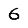
Digit: 6